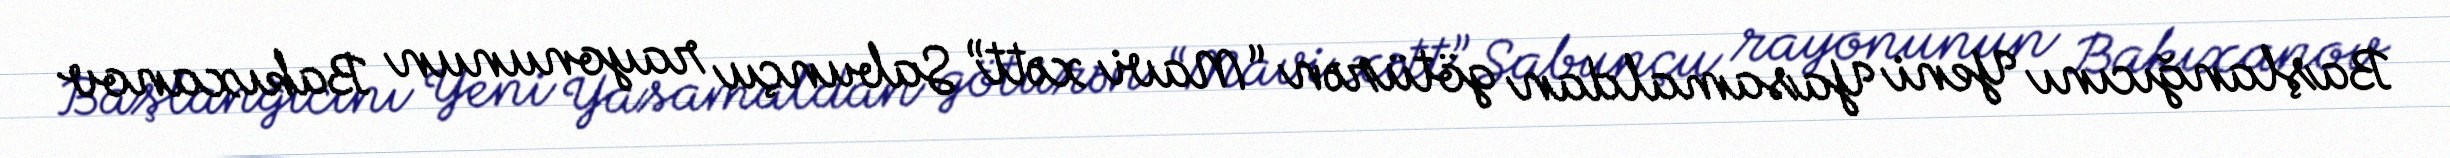
Başlanğıcını Yeni Yasamaldan götürən “Mavi xətt” Sabunçu rayonunun Bakıxanov